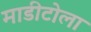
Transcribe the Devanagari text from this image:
माडीटोला